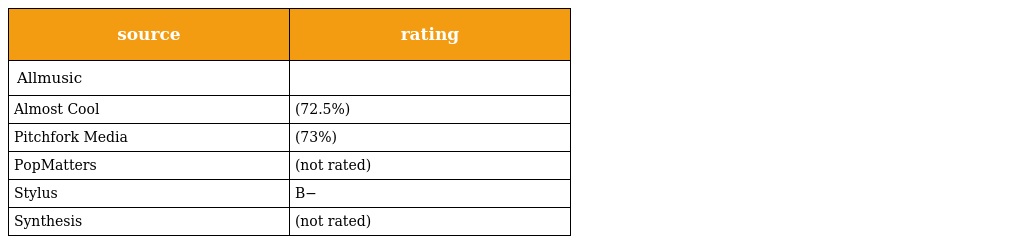
| source | rating |
 | --- | --- |
 | Allmusic |  |
 | Almost Cool | (72.5%) |
 | Pitchfork Media | (73%) |
 | PopMatters | (not rated) |
 | Stylus | B− |
 | Synthesis | (not rated) |